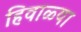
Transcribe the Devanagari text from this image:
हिवाळ्या